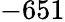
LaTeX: -651